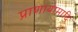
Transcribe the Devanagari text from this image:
प्राणायामादि